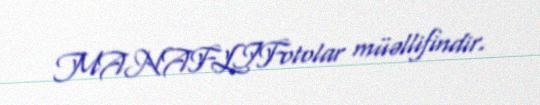
MANAFLIFotolar müəllifindir.